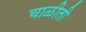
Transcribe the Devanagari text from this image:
चाळीती